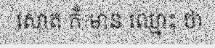
សោត ក៏ មាន ឈ្មោះ ថា